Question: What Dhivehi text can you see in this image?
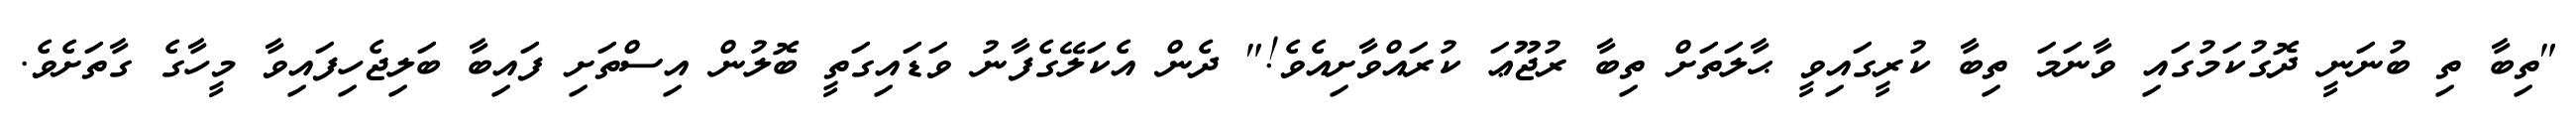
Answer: "ތިބާ ތި ބުނަނީ ދޮގުކަމުގައި ވާނަމަ ތިބާ ކުރީގައިވީ ޙާލަތަށް ތިބާ ރުޖޫޢަ ކުރައްވާށިއެވެ!" ދެން އެކަލޭގެފާނު ވަޑައިގަތީ ބޮލުން އިސްތަށި ފައިބާ ބަލިޖެހިފައިވާ މީހާގެ ގާތަށެވެ.